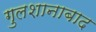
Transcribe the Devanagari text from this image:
गुलशानाबाद